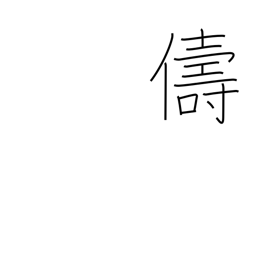
Meaning: similar kind